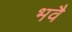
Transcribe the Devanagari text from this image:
भवै